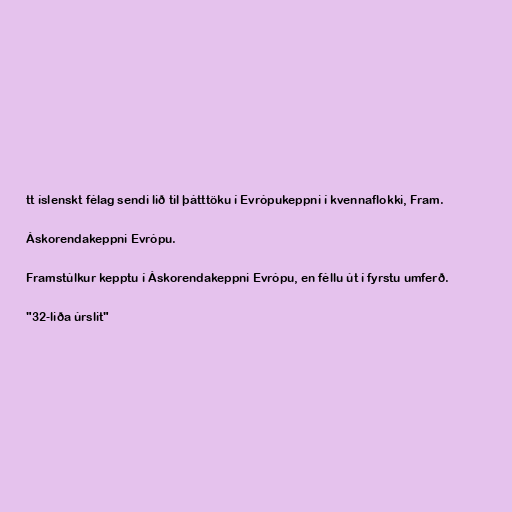
tt íslenskt félag sendi lið til þátttöku í Evrópukeppni í kvennaflokki, Fram.

Áskorendakeppni Evrópu.

Framstúlkur kepptu í Áskorendakeppni Evrópu, en féllu út í fyrstu umferð.

"32-liða úrslit"